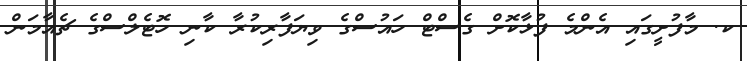
ކ. މާފުށީގައި އެންމެ ފުޅާކޮށް ގެސްޓް ހައުސްގެ ވިޔަފާރިކުރާ ކާނި ހޮޓެލްސްގެ ޗެއާމަން